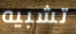
تشبيه